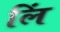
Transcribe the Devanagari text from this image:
लिं